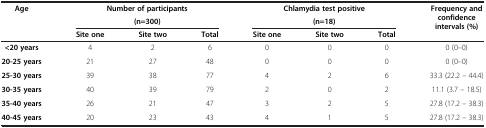
<table><thead><tr><td><b>Age</b></td><td colspan="3"><b>Number of participants (n=300)</b></td><td colspan="3"><b>Chlamydia test positive (n=18)</b></td><td><b>Frequency and confidence intervals (%)</b></td></tr><tr><td><b> </b></td><td><b>Site one</b></td><td><b>Site two</b></td><td><b>Total</b></td><td><b>Site one</b></td><td><b>Site two</b></td><td><b>Total</b></td><td><b> </b></td></tr></thead><tbody><tr><td><b>&lt;20 years</b></td><td>4</td><td>2</td><td>6</td><td>0</td><td>0</td><td>0</td><td>0 (0–0)</td></tr><tr><td><b>20-25 years</b></td><td>21</td><td>27</td><td>48</td><td>0</td><td>0</td><td>0</td><td>0 (0–0)</td></tr><tr><td><b>25-30 years</b></td><td>39</td><td>38</td><td>77</td><td>4</td><td>2</td><td>6</td><td>33.3 (22.2 – 44.4)</td></tr><tr><td><b>30-35 years</b></td><td>40</td><td>39</td><td>79</td><td>2</td><td>0</td><td>2</td><td>11.1 (3.7 – 18.5)</td></tr><tr><td><b>35-40 years</b></td><td>26</td><td>21</td><td>47</td><td>3</td><td>2</td><td>5</td><td>27.8 (17.2 – 38.3)</td></tr><tr><td><b>40-45 years</b></td><td>20</td><td>23</td><td>43</td><td>4</td><td>1</td><td>5</td><td>27.8 (17.2 – 38.3)</td></tr></tbody></table>